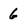
Character: 6